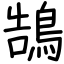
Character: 鵠